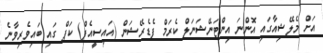
އަށް މެލޭޝިއާގައި އޮންނަ އިންޓަނޭޝަނަލް ކެރަމް ފެޑެރޭޝަން (އައިސީއެފް) ކަޕް ގައި ބައިވެރިވާނެ